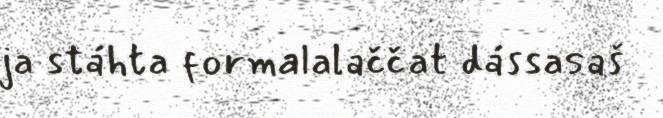
ja stáhta formalalaččat dássasaš